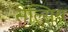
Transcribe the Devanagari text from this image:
सेल्सिय